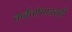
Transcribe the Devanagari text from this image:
कर्करोगावरही